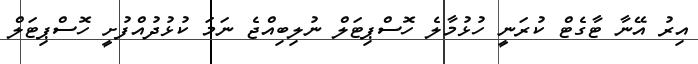
އިރު އޭނާ ޓާގެޓް ކުރަނީ ހުޅުމާލެ ހޮސްޕިޓަލް ނުލިބިއްޖެ ނަމަ ކުޅުދުއްފުށީ ހޮސްޕިޓަލް